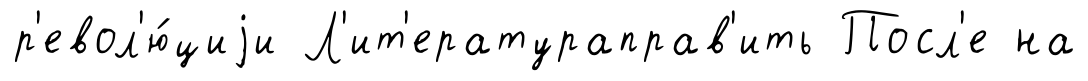
р'евол'ю́циjи Л'ит'ератураправ'ить Посл'е на